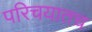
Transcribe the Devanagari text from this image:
परिचयातच